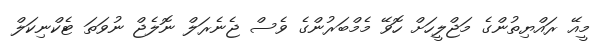
މީއޭ ރައްޔިތުންގެ މަޖްލީހަށް ހޮވޭ މެމްބަރުންގެ ވެސް ޖެނެރަލް ނޮލެޖް ނުވަތަ ޓެކްނިކަލް